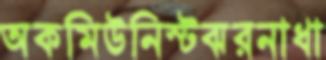
অকমিউনিস্টঝরনাধা